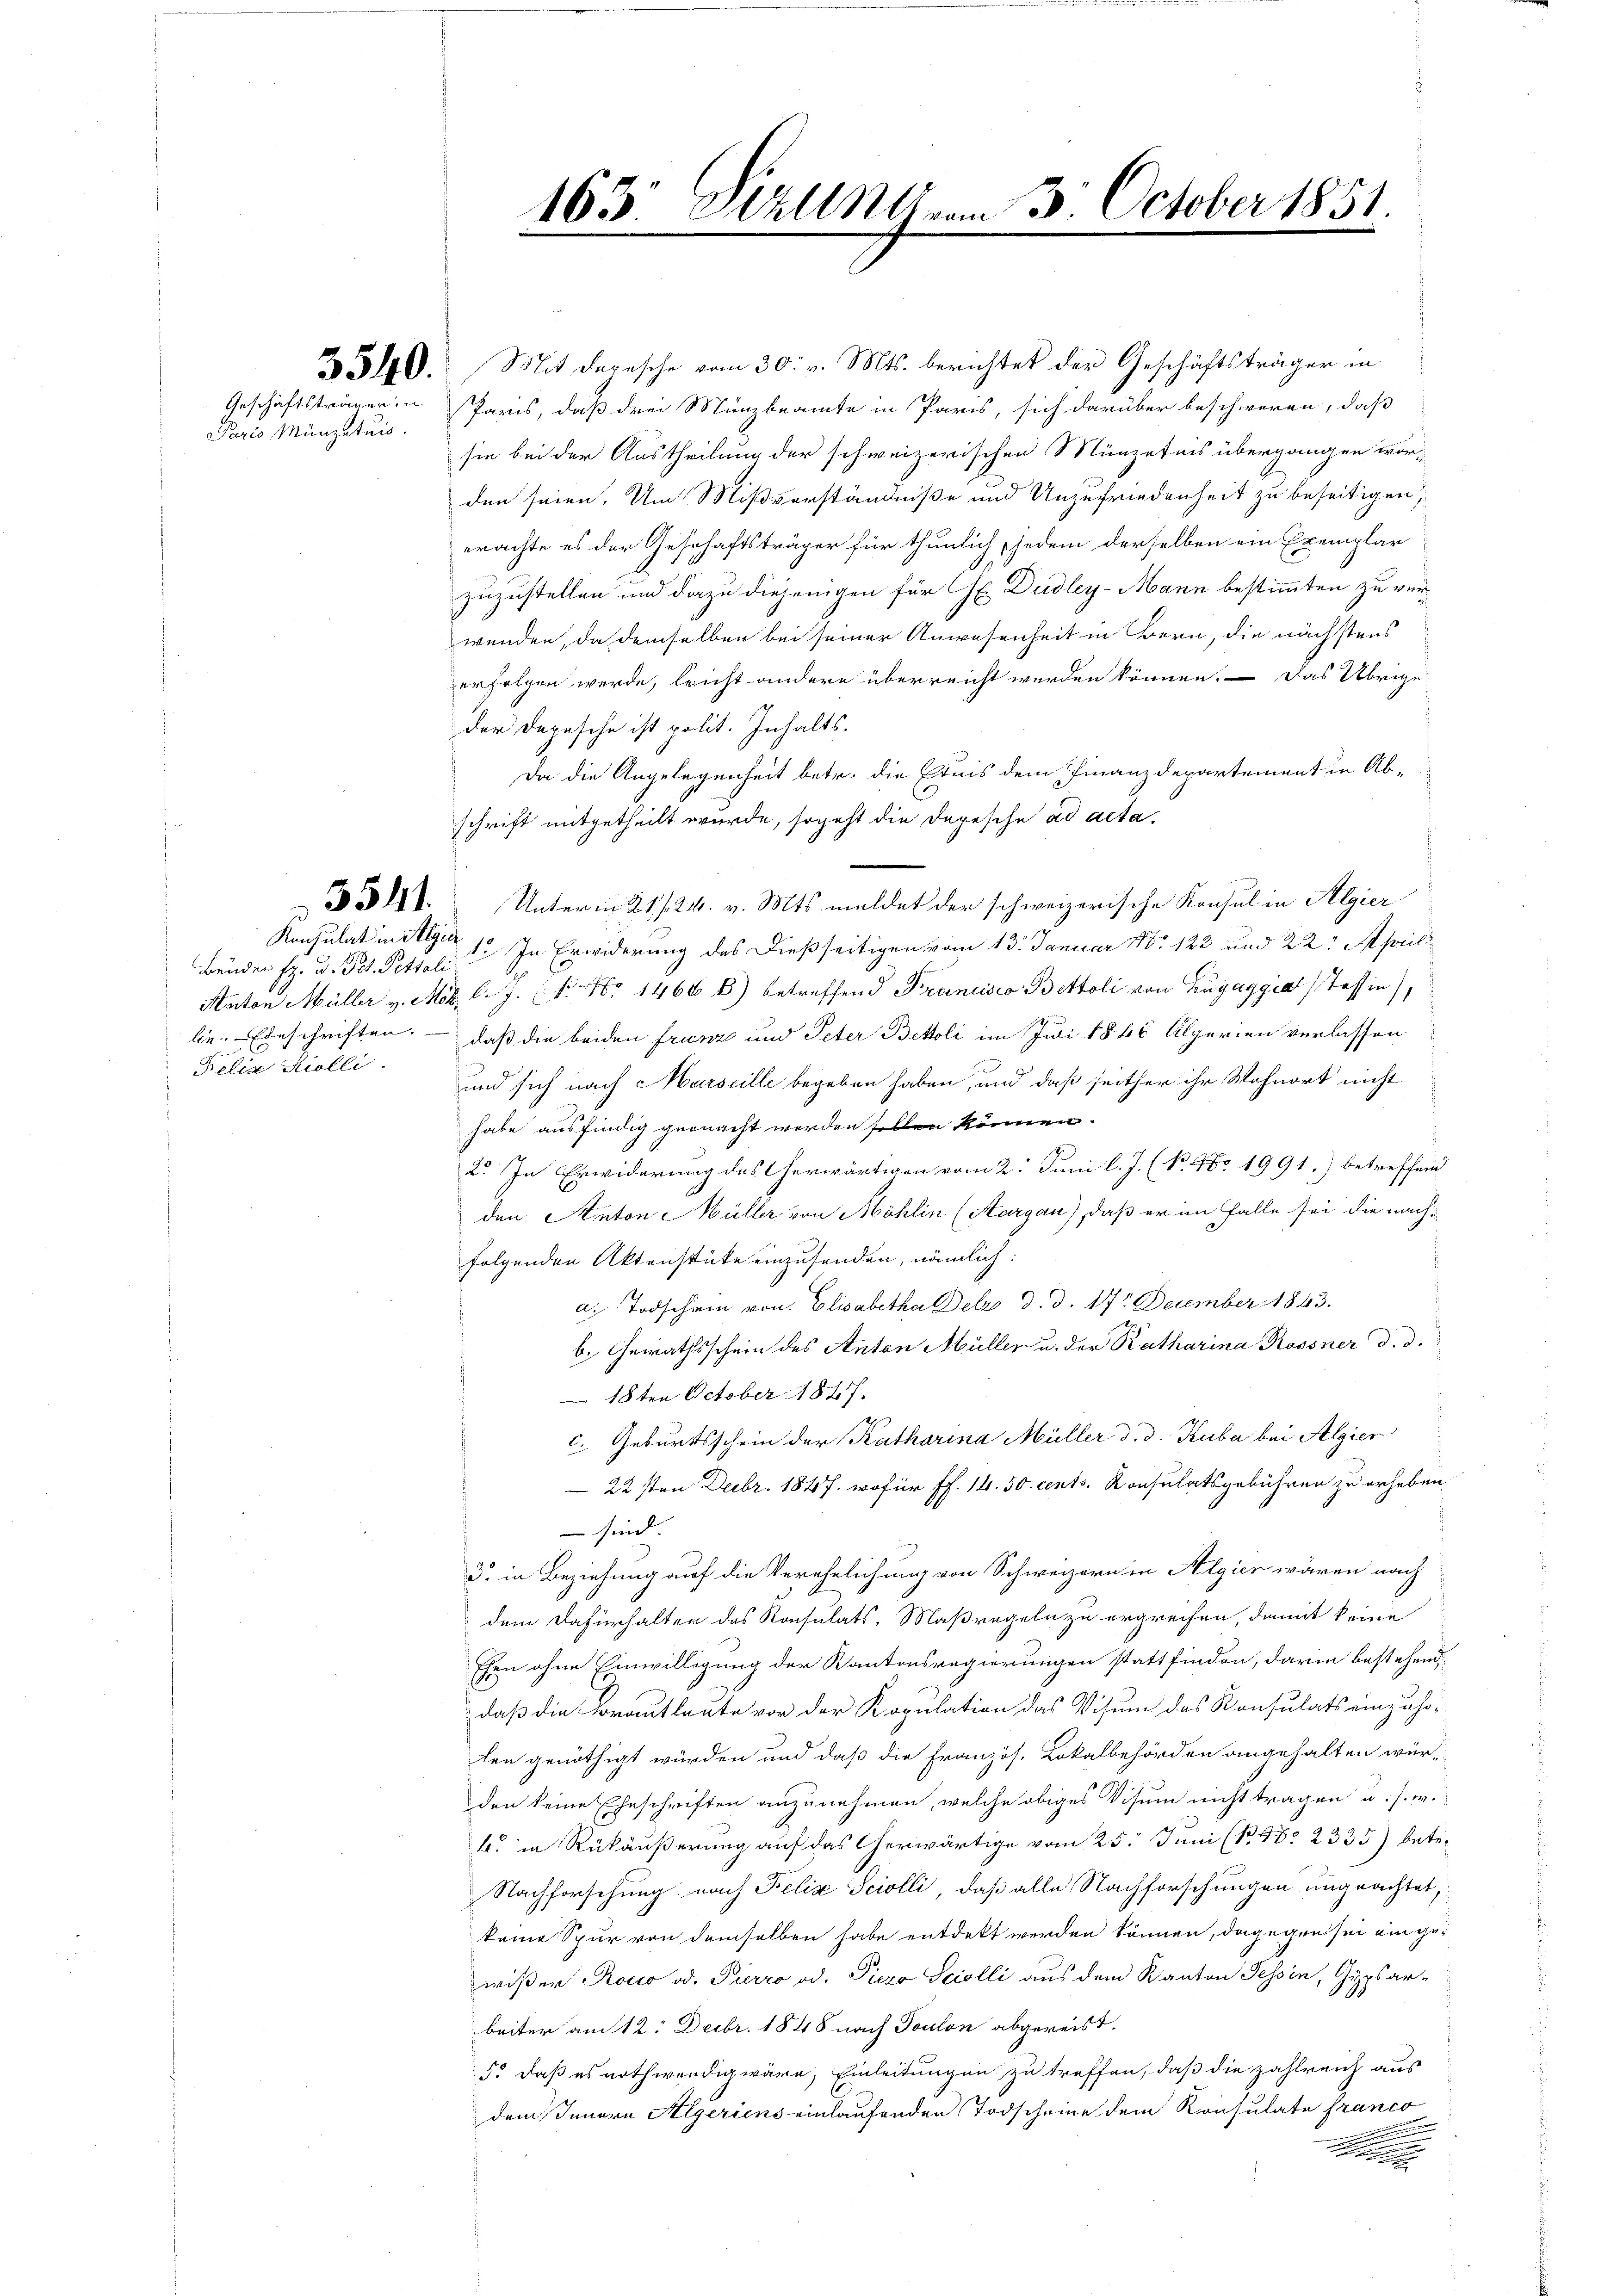
Geschäftsträgerin

Paris Münzetuis.

Bunden fr. v. Pet. Pettali
Felix Kolli.

163 Still vom 3. October 1851.
.

3510. Mit Depesche vom 30. v. Mts. berichtet der Geschäftsträger in
Paris, daß drei Münzbeamte in Paris, sich darüber beschweren, daß
sie bei der Austheilung der schweizerischen Münzetnis übergangen worden seien. Um Mißverständniße und Unzufriedenheit zu beseitigen,
erachte es der Geschäftsträger für thunlich, jedem derselben ein Exemplar
zuzustellen und dazu diejenigen für H. Dudley-Mann bestimmten zu verwenden, da demselben bei seiner Anwesenheit in Bern, die nächstens
erfolgen werde, leicht andere überreicht werden können. Das Übrige
der Depesche ist polit. Inhalts.
Da die Angelegenheit betr. die Etnis dem Finanzdepartement in Abschrift mitgetheilt wurde, sogeht die Depesche ad acta.
z. 511. Unter in 21./24. v. Mts. meldet der schweizerische Konsul in Algier
Konsulat in 1. In Erwiderung des dießseitigen vom 13. Januar 18. 123 und 22. April
Anton Müller v. Mob. l. J. (N. Nr. 1466 b) betreffend Francisco Bettoli von Zugaggia (Tessin),
lie. Ebeschriften. – daß die beiden franz und Peter Bettoli im Juni 1868 Algerien verlassen
und sich nach Marseille begeben haben, und daß seither ihr Wohnort nicht
habe ausfindig gemacht werden sollen können.
2. In Erwiderung des Cherwärtigen vom 2. Juni l. J. (N. No 1991.) betreffend
den Anton - Müller von Möhlin (Aargau), daß er im Falle sei die nach-
folgenden Aktenstücke einzusenden, nämlich:
a. Todschein von Elisabetha Delr d. d. 17. December 1843.
b. Gewathsschein des Anton Müller u. der Ratharina Rossner d. d.
18ten October 1847.
c. Geburtsschein der Katharina Müller d. d. Kuba bei Algier
22sten Decbr. 1847 wofür ff. 14. 30. cents. Konsulatsgebühren zu erheben
 sind.
3 in Beziehung auf die Verehelichung von Schweizern in Algien wären nach
dem Dafürhalten des Konsulats, Maßregeln zu ergreifen, damit keine
Ehen ohne Einwilligung der Kantonsregierungen stattfinden, darin bestehend,
daß die Brautleute vor der Kopulation das Visum das Konsulats einzuhölen genöthigt würden und daß die Französ. Lokalbehörden angehalten wür-
den keine Eheschriften anzunehmen, welche obiges Visum nicht tragen u. s. w.
b. in Rükäußerung auf das Cherwärtige vom 25. Juni (B 48. 2335) betr.
Nachforschung nach Felix Sciolli, daß alle Nachforschungen ungeachtet,
keine Spur von demselben habe entdekt werden können, dagegen sei ein gewißer Roco od. Pierro od. Piezo Sciolli aus dem Kanton Tessin, Gypsar-
beiter am 12. Decbr. 1848 nach Toulon abgereist.
5. daß es nothwendig wäre, Einleitungen zu treffen, daß die zahlreich aus
dem Innern Algeriens einlaufenden Todscheine dem Konsulate franco